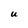
Character: U